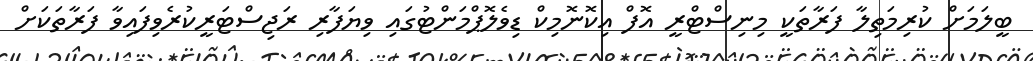
ބީލަމަށް ކުރިމަތިލާ ފަރާތަކީ މިނިސްޓްރީ އޮފް އިކޮނޮމިކް ޑިވެލޮޕްމަންޓުގައި ވިޔަފާރި ރަޖިސްޓަރީކުރެވިފައިވާ ފަރާތަކަށް